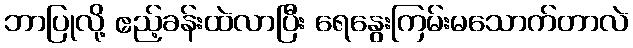
ဘာပြုလို့ ဧည့်ခန်းထဲလာပြီး ရေနွေးကြမ်းမသောက်တာလဲ